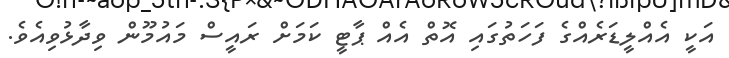
އަކީ އެއްލީޑަރެއްގެ ފަހަތުގައި އޮތް އެއް ޕާޓީ ކަމަށް ރައީސް މައުމޫން ވިދާޅުވިއެވެ.